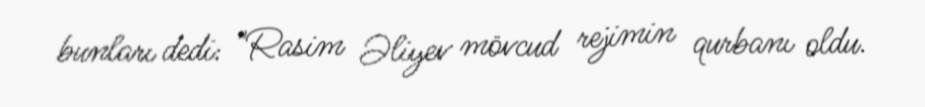
bunları dedi: "Rasim Əliyev mövcud rejimin qurbanı oldu.